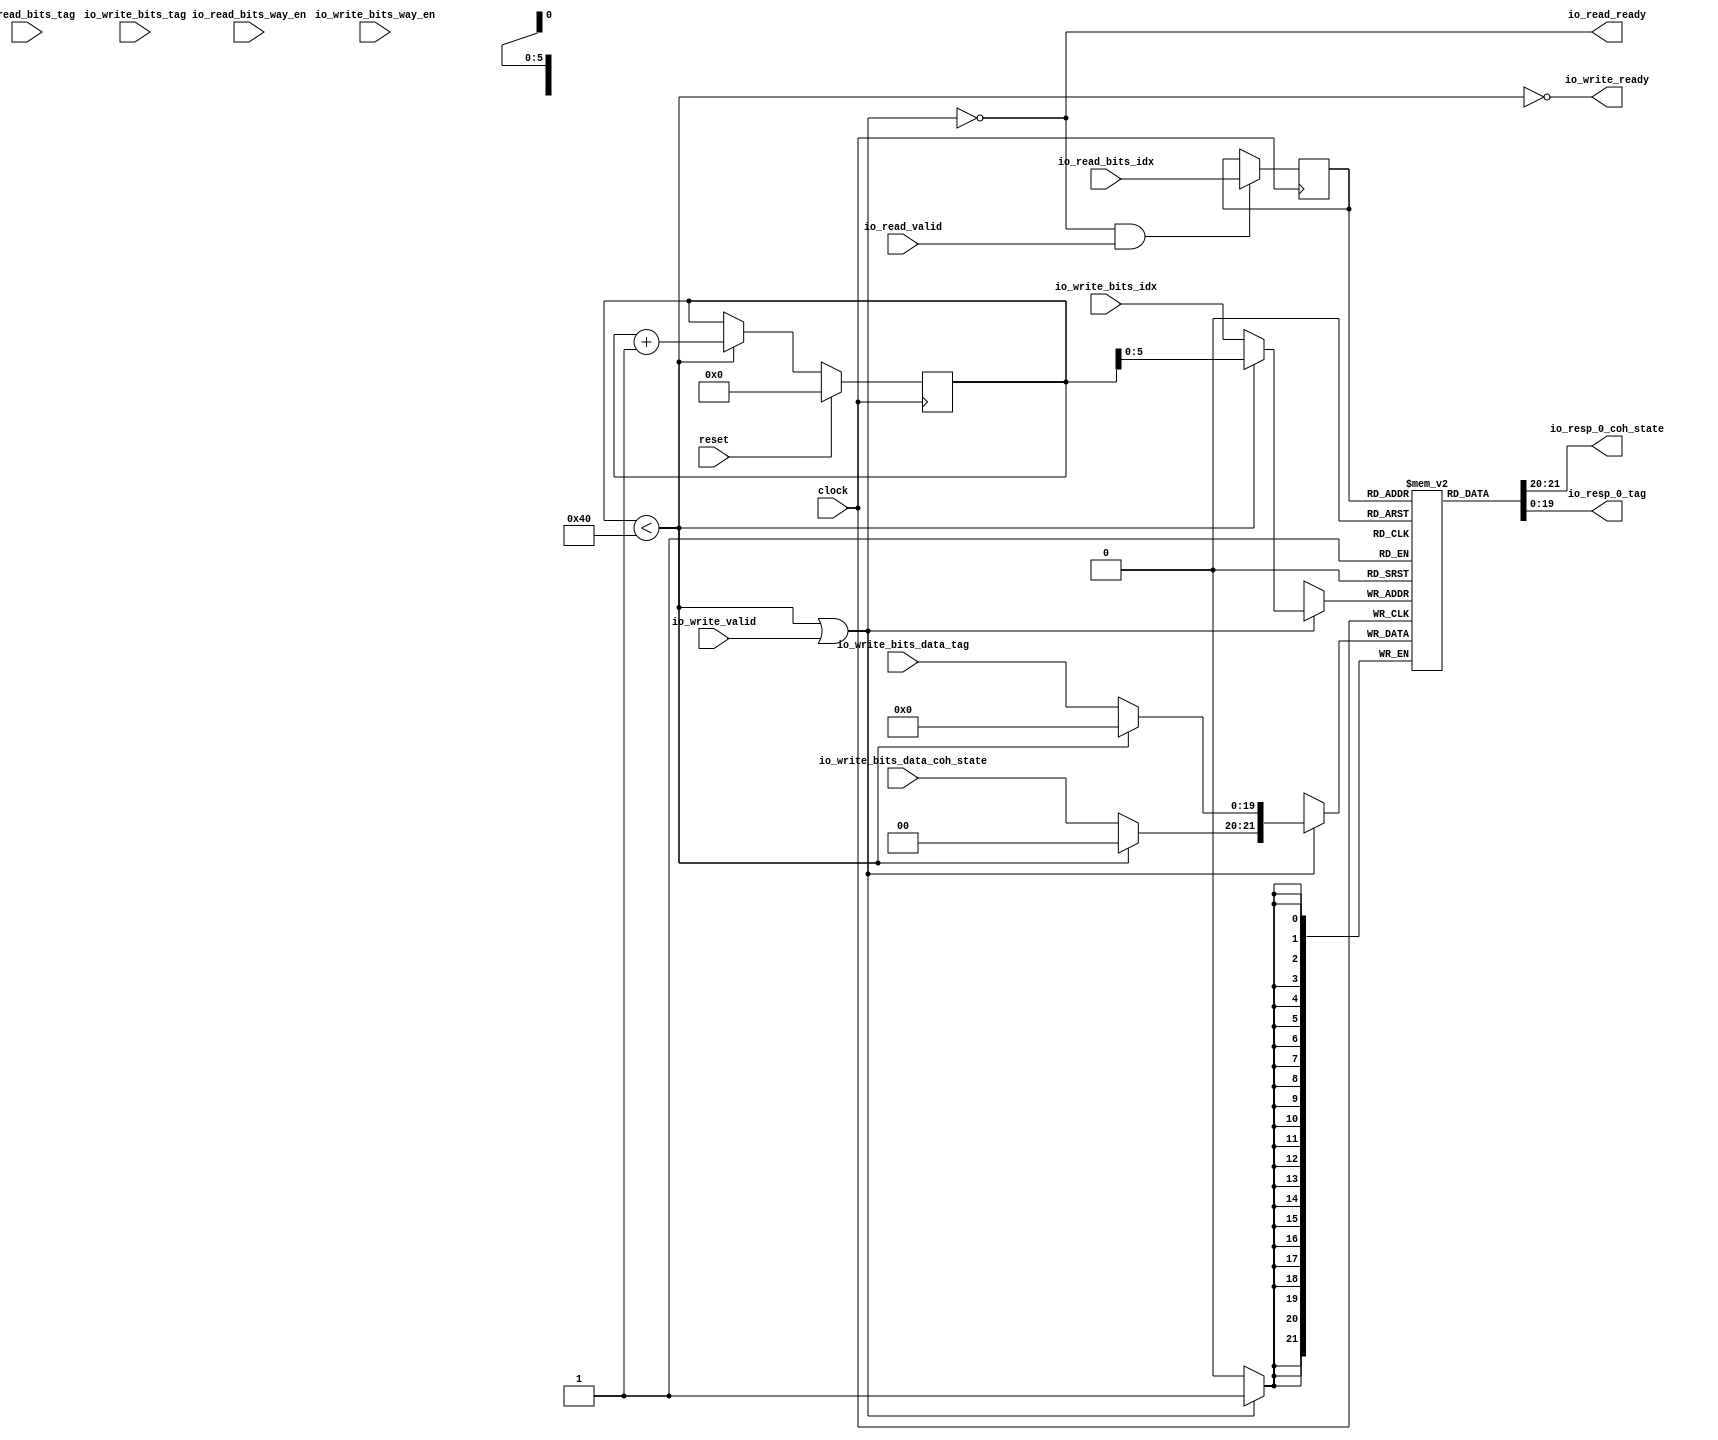
module L1MetadataArray(
  input         clock,
  input         reset,
  output        io_read_ready,
  input         io_read_valid,
  input  [5:0]  io_read_bits_idx,
  input         io_read_bits_way_en,
  input  [19:0] io_read_bits_tag,
  output        io_write_ready,
  input         io_write_valid,
  input  [5:0]  io_write_bits_idx,
  input         io_write_bits_way_en,
  input  [19:0] io_write_bits_tag,
  input  [1:0]  io_write_bits_data_coh_state,
  input  [19:0] io_write_bits_data_tag,
  output [1:0]  io_resp_0_coh_state,
  output [19:0] io_resp_0_tag
);
`ifdef RANDOMIZE_MEM_INIT
  reg [31:0] _RAND_0;
`endif // RANDOMIZE_MEM_INIT
`ifdef RANDOMIZE_REG_INIT
  reg [31:0] _RAND_1;
  reg [31:0] _RAND_2;
  reg [31:0] _RAND_3;
`endif // RANDOMIZE_REG_INIT
  reg [21:0] tag_array_0 [0:63]; // @[HellaCache.scala 322:25]
  wire [21:0] tag_array_0_MPORT_1_data; // @[HellaCache.scala 322:25]
  wire [5:0] tag_array_0_MPORT_1_addr; // @[HellaCache.scala 322:25]
  wire [21:0] tag_array_0_MPORT_data; // @[HellaCache.scala 322:25]
  wire [5:0] tag_array_0_MPORT_addr; // @[HellaCache.scala 322:25]
  wire  tag_array_0_MPORT_mask; // @[HellaCache.scala 322:25]
  wire  tag_array_0_MPORT_en; // @[HellaCache.scala 322:25]
  reg  tag_array_0_MPORT_1_en_pipe_0;
  reg [5:0] tag_array_0_MPORT_1_addr_pipe_0;
  reg [6:0] rst_cnt; // @[HellaCache.scala 313:20]
  wire  rst = rst_cnt < 7'h40; // @[HellaCache.scala 314:21]
  wire [6:0] waddr = rst ? rst_cnt : {{1'd0}, io_write_bits_idx}; // @[HellaCache.scala 315:18]
  wire [1:0] _wdata_T_coh_state = rst ? 2'h0 : io_write_bits_data_coh_state; // @[HellaCache.scala 316:18]
  wire [19:0] _wdata_T_tag = rst ? 20'h0 : io_write_bits_data_tag; // @[HellaCache.scala 316:18]
  wire [6:0] _rst_cnt_T_1 = rst_cnt + 7'h1; // @[HellaCache.scala 319:34]
  wire  wen = rst | io_write_valid; // @[HellaCache.scala 323:17]
  wire [21:0] _WIRE_3 = tag_array_0_MPORT_1_data;
  assign tag_array_0_MPORT_1_addr = tag_array_0_MPORT_1_addr_pipe_0;
  assign tag_array_0_MPORT_1_data = tag_array_0[tag_array_0_MPORT_1_addr]; // @[HellaCache.scala 322:25]
  assign tag_array_0_MPORT_data = {_wdata_T_coh_state,_wdata_T_tag};
  assign tag_array_0_MPORT_addr = waddr[5:0];
  assign tag_array_0_MPORT_mask = 1'h1;
  assign tag_array_0_MPORT_en = rst | io_write_valid;
  assign io_read_ready = ~wen; // @[HellaCache.scala 329:20]
  assign io_write_ready = ~rst; // @[HellaCache.scala 330:21]
  assign io_resp_0_coh_state = _WIRE_3[21:20]; // @[HellaCache.scala 327:82]
  assign io_resp_0_tag = _WIRE_3[19:0]; // @[HellaCache.scala 327:82]
  always @(posedge clock) begin
    if(tag_array_0_MPORT_en & tag_array_0_MPORT_mask) begin
      tag_array_0[tag_array_0_MPORT_addr] <= tag_array_0_MPORT_data; // @[HellaCache.scala 322:25]
    end
    tag_array_0_MPORT_1_en_pipe_0 <= io_read_ready & io_read_valid;
    if (io_read_ready & io_read_valid) begin
      tag_array_0_MPORT_1_addr_pipe_0 <= io_read_bits_idx;
    end
    if (reset) begin // @[HellaCache.scala 313:20]
      rst_cnt <= 7'h0; // @[HellaCache.scala 313:20]
    end else if (rst) begin // @[HellaCache.scala 319:14]
      rst_cnt <= _rst_cnt_T_1; // @[HellaCache.scala 319:24]
    end
  end
// Register and memory initialization
`ifdef RANDOMIZE_GARBAGE_ASSIGN
`define RANDOMIZE
`endif
`ifdef RANDOMIZE_INVALID_ASSIGN
`define RANDOMIZE
`endif
`ifdef RANDOMIZE_REG_INIT
`define RANDOMIZE
`endif
`ifdef RANDOMIZE_MEM_INIT
`define RANDOMIZE
`endif
`ifndef RANDOM
`define RANDOM $random
`endif
`ifdef RANDOMIZE_MEM_INIT
  integer initvar;
`endif
`ifndef SYNTHESIS
`ifdef FIRRTL_BEFORE_INITIAL
`FIRRTL_BEFORE_INITIAL
`endif
initial begin
  `ifdef RANDOMIZE
    `ifdef INIT_RANDOM
      `INIT_RANDOM
    `endif
    `ifndef VERILATOR
      `ifdef RANDOMIZE_DELAY
        #`RANDOMIZE_DELAY begin end
      `else
        #0.002 begin end
      `endif
    `endif
`ifdef RANDOMIZE_MEM_INIT
  _RAND_0 = {1{`RANDOM}};
  for (initvar = 0; initvar < 64; initvar = initvar+1)
    tag_array_0[initvar] = _RAND_0[21:0];
`endif // RANDOMIZE_MEM_INIT
`ifdef RANDOMIZE_REG_INIT
  _RAND_1 = {1{`RANDOM}};
  tag_array_0_MPORT_1_en_pipe_0 = _RAND_1[0:0];
  _RAND_2 = {1{`RANDOM}};
  tag_array_0_MPORT_1_addr_pipe_0 = _RAND_2[5:0];
  _RAND_3 = {1{`RANDOM}};
  rst_cnt = _RAND_3[6:0];
`endif // RANDOMIZE_REG_INIT
  `endif // RANDOMIZE
end // initial
`ifdef FIRRTL_AFTER_INITIAL
`FIRRTL_AFTER_INITIAL
`endif
`endif // SYNTHESIS
endmodule